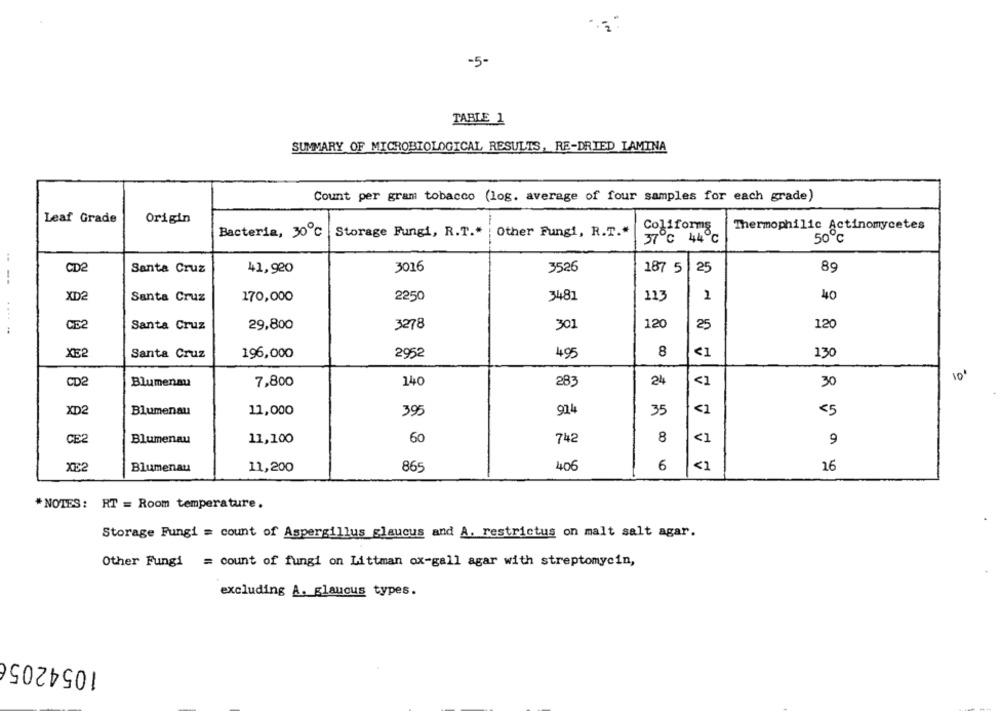
-5-
TABLE 1
SUMMARY OF MICROBIOLOGICAL RESULTS, RE-DRIED LAMINA
Count per gram tobacco (log. average of four samples for each grade)
Leaf Grade
Origin
Coliforms
Thermophilic Actinomycetes
Bacteria, 30 ℃ Storage Fungi, R.T .*
Other Fungi, R.T .*
37℃ 44℃
50 ℃
CD2
Santa Cruz
41,920
3016
3526
187 5
25
89
--
XD2
Santa Cruz
170,000
2250
3481
113
1
40
120
CE2
Santa Cruz
29,800
3278
301
25
120
XE
2952
8
<1
130
Santa Cruz
196,000
495
10'
24
<1
CD2
Blumenau
7,800
140
28:
30
XD2
924
<1
Blumenau
11,000
395
35
<5
CE2
Blumenau
60
8
<1
11,100
742
9
XE2
Blumenau
11,200
865
406
6
<1
16
*NOTES: RT = Room temperature.
Storage Fungi = count of Aspergillus glaucus and A. restrictus on malt salt agar.
Other Fungi
= count of fungi on Littman ox-gall agar with streptomycin,
excluding A. glaucus types.
10542056
-
-